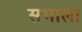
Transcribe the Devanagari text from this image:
सभाला